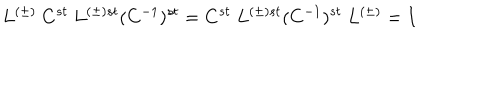
L ^ { ( \pm ) } \ C ^ { s t } \ L ^ { ( \pm ) s t } ( C ^ { - 1 } ) ^ { s t } = C ^ { s t } \ L ^ { ( \pm ) s t } ( C ^ { - 1 } ) ^ { s t } \ L ^ { ( \pm ) } = I